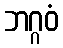
ဘဂ္ဂဝံ